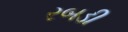
રબડી